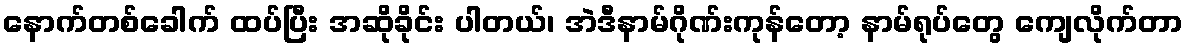
နောက်တစ်ခေါက် ထပ်ပြီး အဆိုခိုင်း ပါတယ်၊ အဲဒီနာမ်ဂိုဏ်းကုန်တော့ နာမ်ရုပ်တွေ ကျေလိုက်တာ